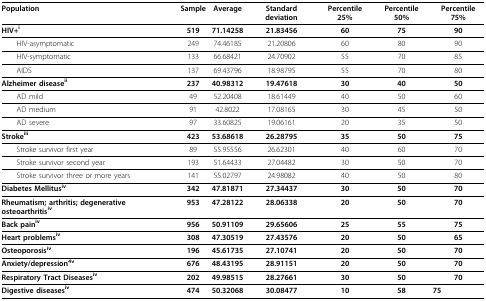
<table><thead><tr><td><b>Population</b></td><td><b>Sample</b></td><td><b>Average</b></td><td><b>Standard deviation</b></td><td><b>Percentile 25%</b></td><td><b>Percentile 50%</b></td><td><b>Percentile 75%</b></td></tr></thead><tbody><tr><td><b>HIV+<sup>i</sup></b></td><td><b>519</b></td><td><b>71.14258</b></td><td><b>21.83456</b></td><td><b>60</b></td><td><b>75</b></td><td><b>90</b></td></tr><tr><td> HIV-asymptomatic</td><td>249</td><td>74.46185</td><td>21.20806</td><td>60</td><td>80</td><td>90</td></tr><tr><td> HIV-symptomatic</td><td>133</td><td>66.68421</td><td>24.70902</td><td>55</td><td>70</td><td>85</td></tr><tr><td> AIDS</td><td>137</td><td>69.43796</td><td>18.98795</td><td>55</td><td>70</td><td>80</td></tr><tr><td><b>Alzheimer disease<sup>ii</sup></b></td><td><b>237</b></td><td><b>40.98312</b></td><td><b>19.47618</b></td><td><b>30</b></td><td><b>40</b></td><td><b>50</b></td></tr><tr><td> AD mild</td><td>49</td><td>52.20408</td><td>18.61449</td><td>40</td><td>50</td><td>60</td></tr><tr><td> AD medium</td><td>91</td><td>42.8022</td><td>17.08165</td><td>30</td><td>45</td><td>50</td></tr><tr><td> AD severe</td><td>97</td><td>33.60825</td><td>19.06161</td><td>20</td><td>35</td><td>50</td></tr><tr><td><b>Stroke<sup>iii</sup></b></td><td><b>423</b></td><td><b>53.68618</b></td><td><b>26.28795</b></td><td><b>35</b></td><td><b>50</b></td><td><b>75</b></td></tr><tr><td> Stroke survivor first year</td><td>89</td><td>55.95556</td><td>26.62301</td><td>40</td><td>60</td><td>70</td></tr><tr><td> Stroke survivor second year</td><td>193</td><td>51.64433</td><td>27.04482</td><td>30</td><td>50</td><td>70</td></tr><tr><td> Stroke survivor three or more years</td><td>141</td><td>55.02797</td><td>24.98082</td><td>40</td><td>50</td><td>80</td></tr><tr><td><b>Diabetes Mellitus<sup>iv</sup></b></td><td><b>342</b></td><td><b>47.81871</b></td><td><b>27.34437</b></td><td><b>30</b></td><td><b>50</b></td><td><b>70</b></td></tr><tr><td><b>Rheumatism; arthritis; degenerative osteoarthritis<sup>iv</sup></b></td><td><b>953</b></td><td><b>47.28122</b></td><td><b>28.06338</b></td><td><b>20</b></td><td><b>50</b></td><td><b>70</b></td></tr><tr><td><b>Back pain<sup>iv</sup></b></td><td><b>956</b></td><td><b>50.91109</b></td><td><b>29.65606</b></td><td><b>25</b></td><td><b>55</b></td><td><b>75</b></td></tr><tr><td><b>Heart problems<sup>iv</sup></b></td><td><b>308</b></td><td><b>47.30519</b></td><td><b>27.43576</b></td><td><b>20</b></td><td><b>50</b></td><td><b>65</b></td></tr><tr><td><b>Osteoporosis<sup>iv</sup></b></td><td><b>196</b></td><td><b>45.61735</b></td><td><b>27.10741</b></td><td><b>20</b></td><td><b>50</b></td><td><b>70</b></td></tr><tr><td><b>Anxiety/depression<sup>4v</sup></b></td><td><b>676</b></td><td><b>48.43195</b></td><td><b>28.91151</b></td><td><b>20</b></td><td><b>50</b></td><td><b>70</b></td></tr><tr><td><b>Respiratory Tract Diseases<sup>iv</sup></b></td><td><b>202</b></td><td><b>49.98515</b></td><td><b>28.27661</b></td><td><b>30</b></td><td><b>50</b></td><td><b>70</b></td></tr><tr><td><b>Digestive diseases<sup>iv</sup></b></td><td><b>474</b></td><td><b>50.32068</b></td><td><b>30.08477</b></td><td><b>10</b></td><td><b>58</b></td><td><b>75</b></td></tr></tbody></table>